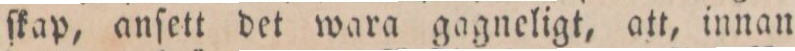
ſkap, anſett det wara gagneligt, att, innan